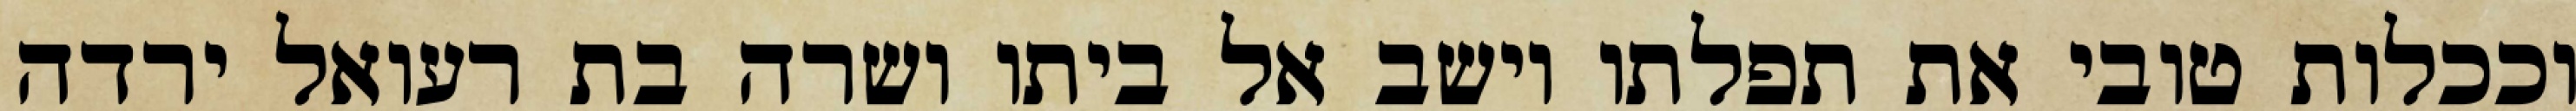
וככלות טובי את תפלתו וישב אל ביתו ושרה בת רעואל ירדה